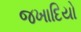
જખાદિયો